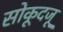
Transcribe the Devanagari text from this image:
सोकूदजू